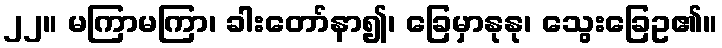
၂၂။ မကြာမကြာ၊ ခါးတော်နာ၍၊ ခြေမှာနုနု၊ သွေးခြေဥ၏။